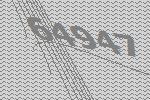
64947